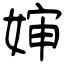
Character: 婶